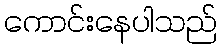
ကောင်းနေပါသည်